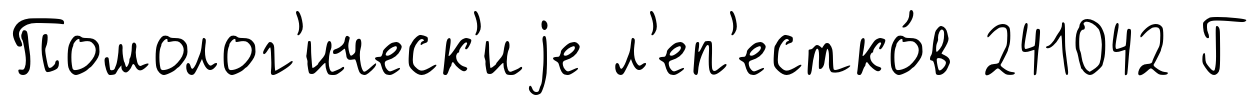
Помолог'ическ'иjе л'еп'естко́в 241042 Г